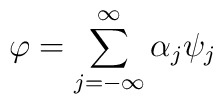
\varphi =\sum_{j=-\infty }^\infty \alpha _j\psi _j